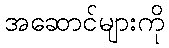
အဆောင်များကို